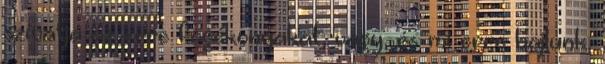
szívatja az erre fogékonyakat, vagy, és mi erre hajlunk,